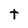
Character: t